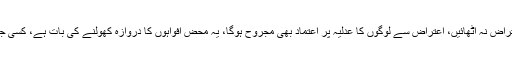
جسٹس عمر عطاء بندیال نے کہا کہ آپ نے عدلیہ کو مضبوط کرنا ہے، کسی جج پر ذاتی اعتراض نہ اٹھائیں، اعتراض سے لوگوں کا عدلیہ پر اعتماد بھی مجروح ہوگا، یہ محض افواہوں کا دروازہ کھولنے کی بات ہے، کسی جج نے 2025 میں چیف جسٹس بننا ہے، کیا آپ چاہتے ہیں وہ مقدمہ سننے سے انکار کردیں۔